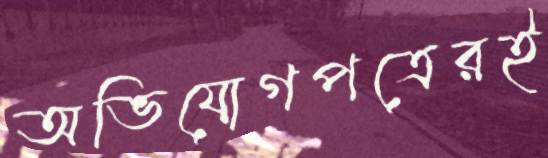
অভিযোগপত্রেরই